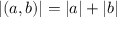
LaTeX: | ( a , b ) | = | a | + | b |